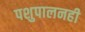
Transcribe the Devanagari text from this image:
पशुपालनही